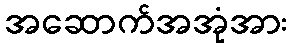
အဆောက်အအုံအား